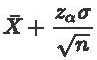
$\bar{X} + \frac{z_{\alpha}\sigma}{\sqrt{n}}$